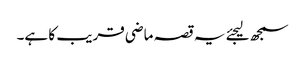
سمجھ لیجئے یہ قصہ ماضی قریب کا ہے۔